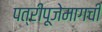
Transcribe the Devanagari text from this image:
पत्रीपूजेमागची